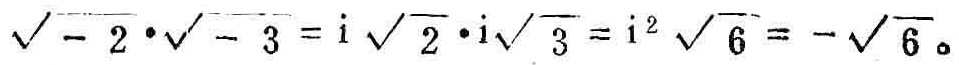
$\sqrt{-2}\cdot\sqrt{-3}=\mathrm{i}\sqrt{2}\cdot\mathrm{i}\sqrt{3}=\mathrm{i}^{2}\sqrt{6}=-\sqrt{6}$